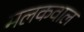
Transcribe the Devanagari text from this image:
मलकवाल